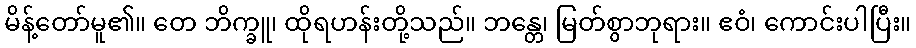
မိန့်တော်မူ၏။ တေ ဘိက္ခူ၊ ထိုရဟန်းတို့သည်။ ဘန္တေ၊ မြတ်စွာဘုရား။ ဧဝံ၊ ကောင်းပါပြီး။